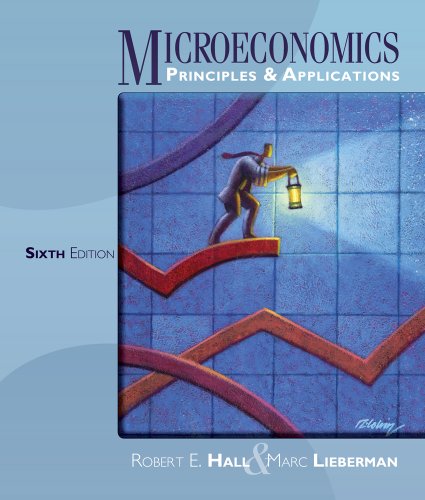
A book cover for Microeconomics: Principles and Applications; Robert E. Hall; Business & Money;